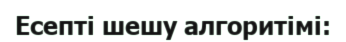
Есепті шешу алгоритімі: